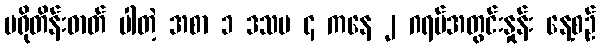
ပရိုတိန်းဓာတ် ပါတဲ့ အစာ ၁ ဒသမ ၄ ကနေ ၂ ဂရမ်အတွင်းနှုန်း နေ့စဉ်